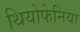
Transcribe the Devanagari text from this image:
थियोफेनिया